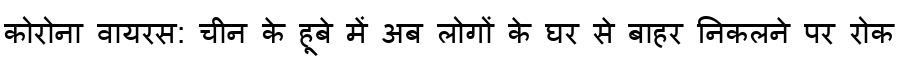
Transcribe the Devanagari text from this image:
कोरोना वायरस: चीन के हूबे में अब लोगों के घर से बाहर निकलने पर रोक